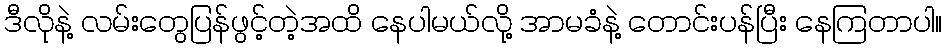
ဒီလိုနဲ့ လမ်းတွေပြန်ဖွင့်တဲ့အထိ နေပါမယ်လို့ အာမခံနဲ့ တောင်းပန်ပြီး နေကြတာပါ။